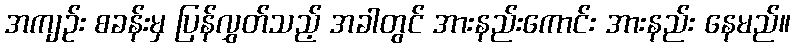
အကျဉ်း စခန်းမှ ပြန်လွှတ်သည့် အခါတွင် အားနည်းကောင်း အားနည်း နေမည်။